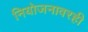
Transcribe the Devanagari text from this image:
नियोजनावरही